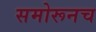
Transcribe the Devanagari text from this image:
समोरूनच